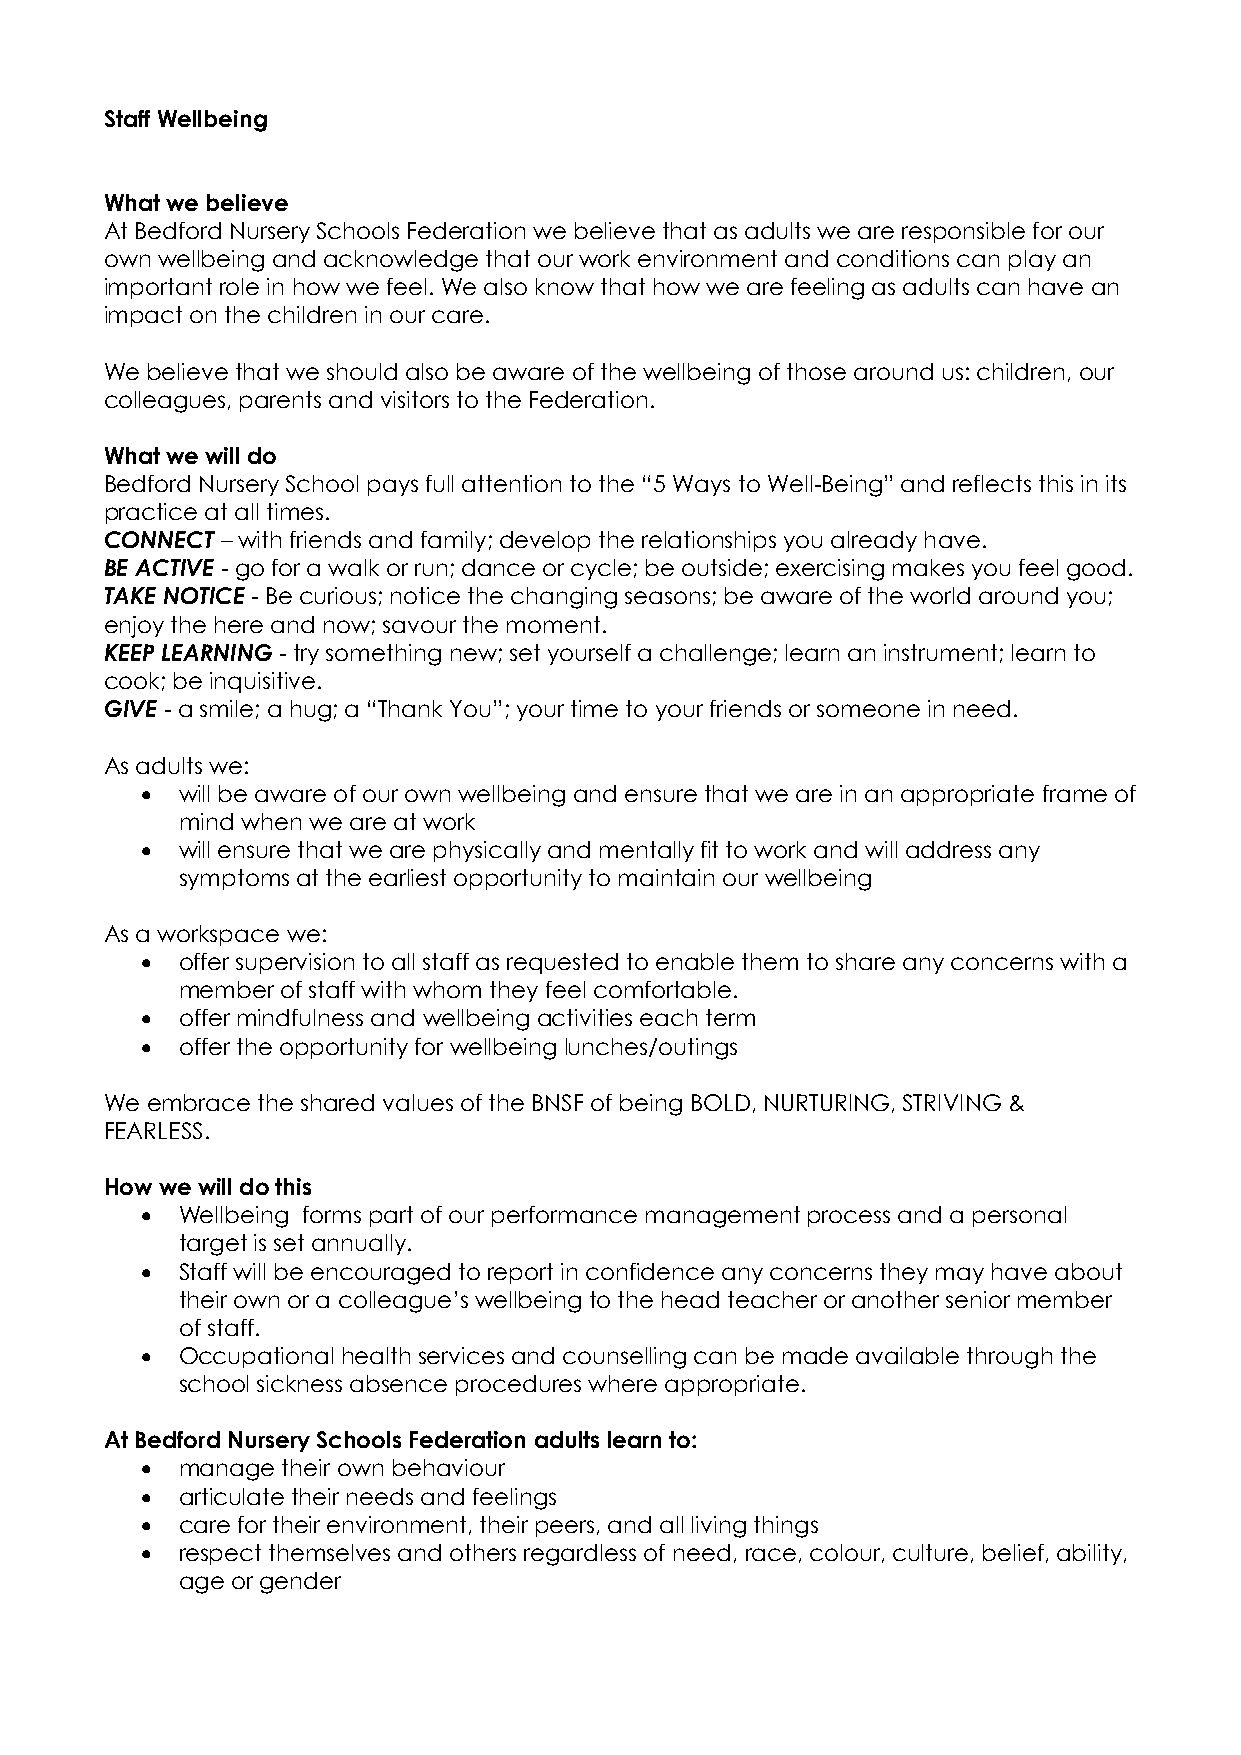
Staff Wellbeing
 What we believe
 At Bedford Nursery Schools Federation we believe that as adults we are responsible for our
 own wellbeing and acknowledge that our work environment and conditions can play an
 important role in how we feel. We also know that how we are feeling as adults can have an
 impact on the children in our care.
 We believe that we should also be aware of the wellbeing of those around us: children, our
 colleagues, parents and visitors to the Federation.
 What we will do
 Bedford Nursery School pays full attention to the “5 Ways to Well-Being” and reflects this in its
 practice at all times.
 CONNECT – with friends and family; develop the relationships you already have.
 BE ACTIVE - go for a walk or run; dance or cycle; be outside; exercising makes you feel good.
 TAKE NOTICE - Be curious; notice the changing seasons; be aware of the world around you;
 enjoy the here and now; savour the moment.
 KEEP LEARNING - try something new; set yourself a challenge; learn an instrument; learn to
 cook; be inquisitive.
 GIVE - a smile; a hug; a “Thank You”; your time to your friends or someone in need.
 As adults we:
   will be aware of our own wellbeing and ensure that we are in an appropriate frame of
 mind when we are at work
   will ensure that we are physically and mentally fit to work and will address any
 symptoms at the earliest opportunity to maintain our wellbeing
 As a workspace we:
   offer supervision to all staff as requested to enable them to share any concerns with a
 member of staff with whom they feel comfortable.
   offer mindfulness and wellbeing activities each term
   offer the opportunity for wellbeing lunches/outings
 We embrace the shared values of the BNSF of being BOLD, NURTURING, STRIVING &
 FEARLESS.
 How we will do this
   Wellbeing forms part of our performance management process and a personal
 target is set annually.
   Staff will be encouraged to report in confidence any concerns they may have about
 their own or a colleague’s wellbeing to the head teacher or another senior member
 of staff.
   Occupational health services and counselling can be made available through the
 school sickness absence procedures where appropriate.
 At Bedford Nursery Schools Federation adults learn to:
   manage their own behaviour
   articulate their needs and feelings
   care for their environment, their peers, and all living things
   respect themselves and others regardless of need, race, colour, culture, belief, ability,
 age or gender